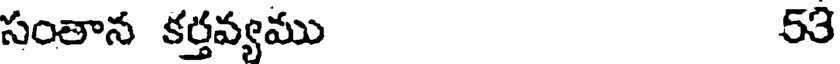
సంతాన కర్తవ్యము 53